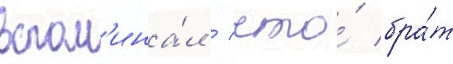
вспом'ина́л / что́ бра́т